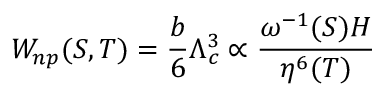
W _ { n p } ( S , T ) = \frac { b } { 6 } \Lambda _ { c } ^ { 3 } \propto \frac { \omega ^ { - 1 } ( S ) H } { \eta ^ { 6 } ( T ) }